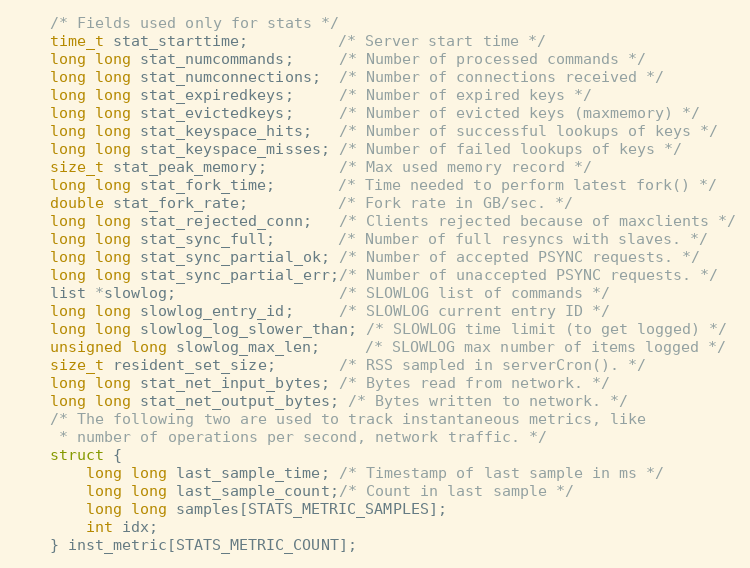
Language: C
    /* Fields used only for stats */
    time_t stat_starttime;          /* Server start time */
    long long stat_numcommands;     /* Number of processed commands */
    long long stat_numconnections;  /* Number of connections received */
    long long stat_expiredkeys;     /* Number of expired keys */
    long long stat_evictedkeys;     /* Number of evicted keys (maxmemory) */
    long long stat_keyspace_hits;   /* Number of successful lookups of keys */
    long long stat_keyspace_misses; /* Number of failed lookups of keys */
    size_t stat_peak_memory;        /* Max used memory record */
    long long stat_fork_time;       /* Time needed to perform latest fork() */
    double stat_fork_rate;          /* Fork rate in GB/sec. */
    long long stat_rejected_conn;   /* Clients rejected because of maxclients */
    long long stat_sync_full;       /* Number of full resyncs with slaves. */
    long long stat_sync_partial_ok; /* Number of accepted PSYNC requests. */
    long long stat_sync_partial_err;/* Number of unaccepted PSYNC requests. */
    list *slowlog;                  /* SLOWLOG list of commands */
    long long slowlog_entry_id;     /* SLOWLOG current entry ID */
    long long slowlog_log_slower_than; /* SLOWLOG time limit (to get logged) */
    unsigned long slowlog_max_len;     /* SLOWLOG max number of items logged */
    size_t resident_set_size;       /* RSS sampled in serverCron(). */
    long long stat_net_input_bytes; /* Bytes read from network. */
    long long stat_net_output_bytes; /* Bytes written to network. */
    /* The following two are used to track instantaneous metrics, like
     * number of operations per second, network traffic. */
    struct {
        long long last_sample_time; /* Timestamp of last sample in ms */
        long long last_sample_count;/* Count in last sample */
        long long samples[STATS_METRIC_SAMPLES];
        int idx;
    } inst_metric[STATS_METRIC_COUNT];